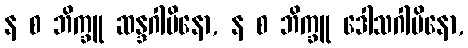
န စ ဘိက္ခူ ဆန္ဒဂါမိနော, န စ ဘိက္ခူ ဒေါသဂါမိနော,